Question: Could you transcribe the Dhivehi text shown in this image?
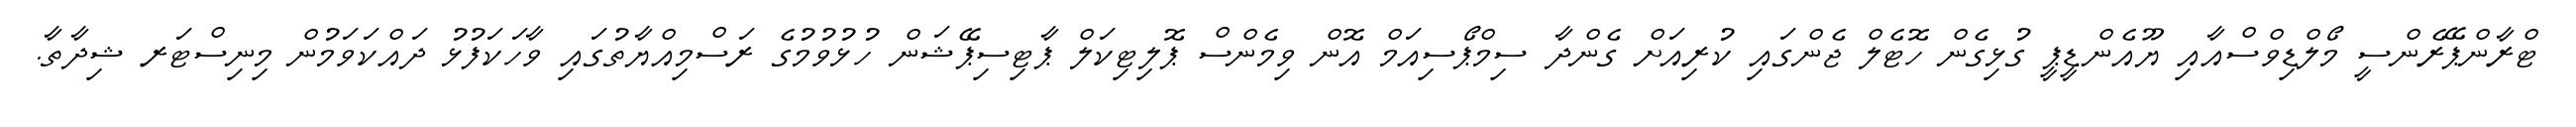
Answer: ޓްރާންޕޭރެންސީ މޯލްޑިވްސްއާއި ޔޫއެންޑީޕީ ގުޅިގެން ހޮޓެލް ޖެންގައި ކުރިއަށް ގެންދާ ސިމްޕޯސިއަމް އޮން ވިމެންސް ޕޮލިޓިކަލް ޕާޓިސިޕޭޝަން ހުޅުވުމުގެ ރަސްމިއްޔާތުގައި ވާހަކަފުޅު ދައްކަވަމުން މިނިސްޓަރ ޝިދާތާ.